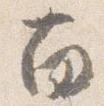
南